Vaccination in Burma 1920-1933 - 1920-1933
Year: 1920
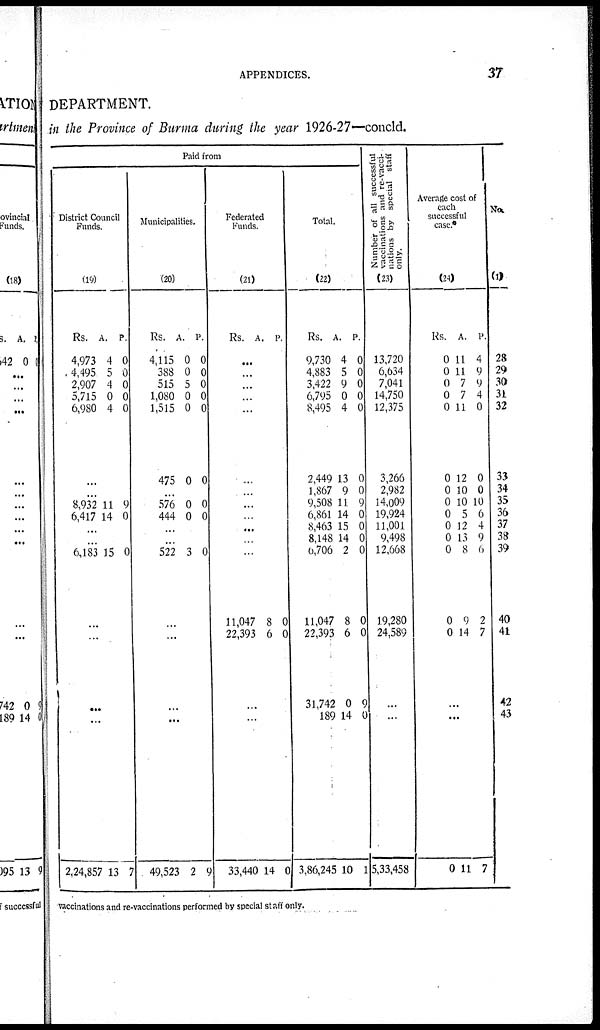
APPENDICES.
37
DEPARTMENT.
in the Province of Burma during the year 1926-27—concld.
Paid from
District Council
Funds.
(19)
Rs.
4,973
4,495
2,907
5,715
6,980
A.
4
5
4
0
4
P.
0
0
0
0
0
...
...
8,932
6,417
11
14
9
0
...
...
6,183 15 0
...
...
...
...
2,24,857 13 3
Municipalities.
(20)
Rs.
4,115
388
515
1,080
1,515
475
A.
0
0
5
0
0
0
P.
0
0
0
0
0
0
...
576
444
0
0 0 0
...
...
522 3 0
...
...
...
...
49,523 2 9
Federated
Funds.
(21)
Rs. A. P.
...
...
...
...
...
...
...
...
...
...
...
...
11,047
22,393
8
6
0
0
...
...
33,440 14 0
Total.
(22)
Rs.
9,730
4,883
3,422
6,795
8,495
2,449
1,867
9,508
6,861
8,463
8,148
6,706
11,047
22,393
31,742
189
3,86,245
A.
4
5
9
0
4
13
9
11
14
15
14
2
8
6
0
14
10
P.
0
0
0
0
0
0
0
9
0
0
0
0
0
0
9
0
1
Number of all successful
vaccinations and re-vacci-
nations by special staff
only.
(23)
13,720
6,634
7,041
14,750
12,375
3,266
2,982
14,009
19,924
11,001
9,498
12,668
19,280
24,589
...
...
5,33,458
Average cost of
each
successful
case.*
(24)
Rs.
0
0
0
0
0
0
0
0
0
0
0
0
0
0
A.
11
11
7
7
11
12
10
10
5
12
13
8
9
14
P.
4
9
9
4
0
0
0
10
6
4
9
6
2
7
...
...
0 11 7
No.
(1)
28
29
30
31
32
33
34
35
36
37
38
39
40
41
42
43
vaccinations and re-vaccinations performed by special staff only.